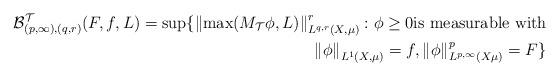
LaTeX: \begin{align*}\mathcal{B}_{(p,\infty),(q,r)}^{\mathcal{T}}(F,f,L)=\sup\{\left\Vert\max(M_{\mathcal{T}}\phi,L)\right\Vert _{L^{q,r}(X,\mu)}^{r}:\phi\geq0\text{is measurable with}\\\left\Vert \phi\right\Vert _{L^{1}(X,\mu)}=f,\left\Vert \phi\right\Vert _{L^{p,\infty}(X\mu)}^{p}=F\} \end{align*}